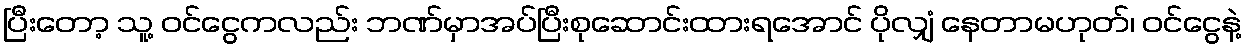
ပြီးတော့ သူ့ ဝင်ငွေကလည်း ဘဏ်မှာအပ်ပြီးစုဆောင်းထားရအောင် ပိုလျှံ နေတာမဟုတ်၊ ဝင်ငွေနဲ့